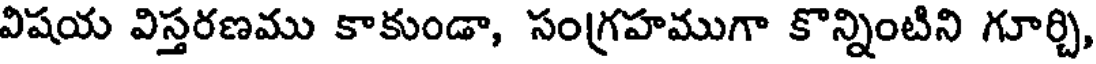
విషయ విస్తరణము కాకుండా, సంగ్రహముగా కొన్నింటిని గూర్చి,